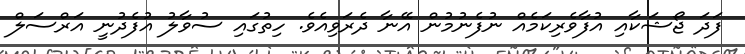
ފަދަ ޖޯޝަކާއި އުފާވެރިކަމެއް ނުފެނުމުން އޭނާ ދެރަވިއެވެ. ހިތުގައި ސުވާލު އުފެދުނީ އަރްސަލް